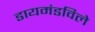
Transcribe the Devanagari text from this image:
डायमंडविले